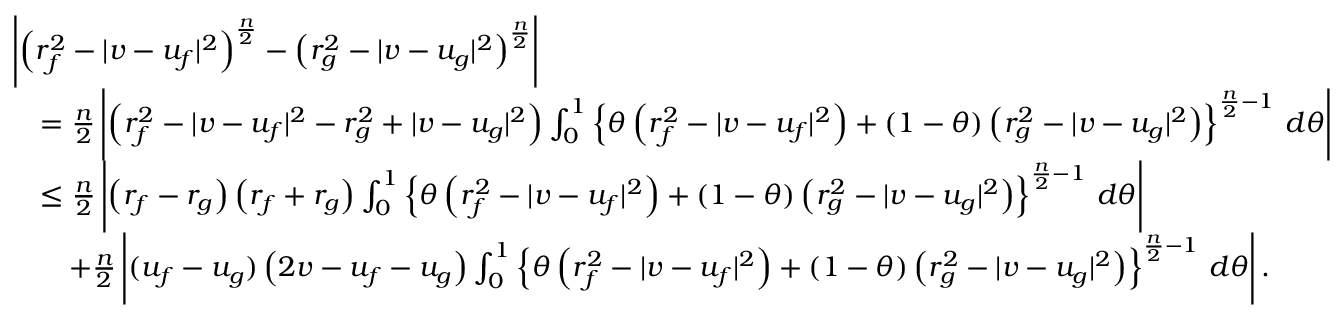
\begin{array} { r l } & { \left| \left( r _ { f } ^ { 2 } - | v - u _ { f } | ^ { 2 } \right) ^ { \frac n 2 } - \left( r _ { g } ^ { 2 } - | v - u _ { g } | ^ { 2 } \right) ^ { \frac n 2 } \right| } \\ & { \quad = \frac n 2 \left| \left( r _ { f } ^ { 2 } - | v - u _ { f } | ^ { 2 } - r _ { g } ^ { 2 } + | v - u _ { g } | ^ { 2 } \right) \int _ { 0 } ^ { 1 } \left\{ \theta \left( r _ { f } ^ { 2 } - | v - u _ { f } | ^ { 2 } \right) + ( 1 - \theta ) \left( r _ { g } ^ { 2 } - | v - u _ { g } | ^ { 2 } \right) \right\} ^ { \frac n 2 - 1 } \, d \theta \right| } \\ & { \quad \le \frac n 2 \left| \left( r _ { f } - r _ { g } \right) \left( r _ { f } + r _ { g } \right) \int _ { 0 } ^ { 1 } \left\{ \theta \left( r _ { f } ^ { 2 } - | v - u _ { f } | ^ { 2 } \right) + ( 1 - \theta ) \left( r _ { g } ^ { 2 } - | v - u _ { g } | ^ { 2 } \right) \right\} ^ { \frac n 2 - 1 } \, d \theta \right| } \\ & { \qquad + \frac n 2 \left| ( u _ { f } - u _ { g } ) \left( 2 v - u _ { f } - u _ { g } \right) \int _ { 0 } ^ { 1 } \left\{ \theta \left( r _ { f } ^ { 2 } - | v - u _ { f } | ^ { 2 } \right) + ( 1 - \theta ) \left( r _ { g } ^ { 2 } - | v - u _ { g } | ^ { 2 } \right) \right\} ^ { \frac n 2 - 1 } \, d \theta \right| . } \end{array}